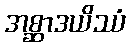
အစ္ဆာဒယိဿံ